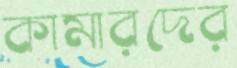
কামারদের